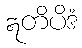
ဣတိပိဒံ